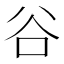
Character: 谷